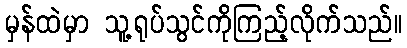
မှန်ထဲမှာ သူ့ရုပ်သွင်ကိုကြည့်လိုက်သည်။